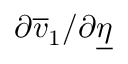
\partial \overline { { v } } _ { 1 } / \partial \underline { { \eta } }